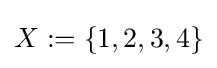
X:=\{1,2,3,4\}